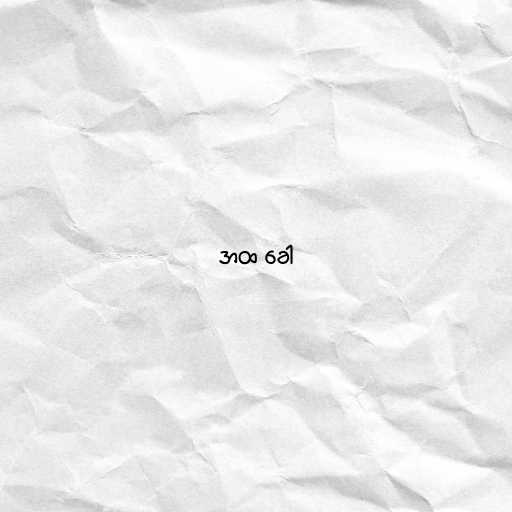
အထ ခေါ